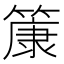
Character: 𫂞